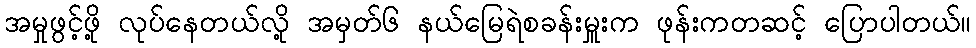
အမှုဖွင့်ဖို့ လုပ်နေတယ်လို့ အမှတ်၆ နယ်မြေရဲစခန်းမှူးက ဖုန်းကတဆင့် ပြောပါတယ်။